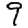
Digit: 9